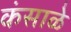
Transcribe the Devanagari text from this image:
कंसाळे